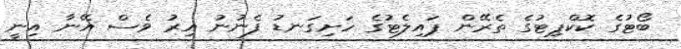
ބޯޓުގެ ކޮޮކްޕިޓުގެ ތެރޭން ޕައިލެޓުގެ ހަށިގަނޑު ފެނުނު އިރު ވެސް އޭނާ އިނީ